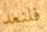
فلنعد